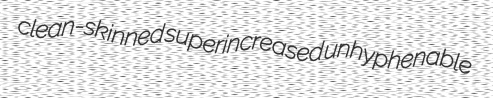
clean-skinned superincreased unhyphenable